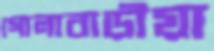
গোলাবাড়ীয়া